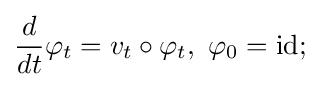
{\frac {d}{dt}}\varphi _{t}=v_{t}\circ \varphi _{t},\ \varphi _{0}=\operatorname {id} ;